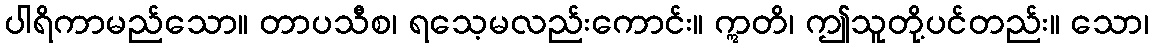
ပါရိကာမည်သော။ တာပသီစ၊ ရသေ့မလည်းကောင်း။ ဣတိ၊ ဤသူတို့ပင်တည်း။ သော၊